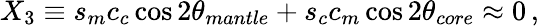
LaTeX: X_{3}\equiv s_{m}c_{c}\cos 2\theta_{mantle}+s_{c}c_{m}\cos 2\theta_{core}\approx 0\, ,